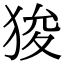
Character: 狻